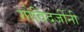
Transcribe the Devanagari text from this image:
गोविंदजींनी